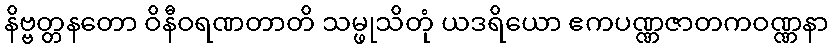
နိဗ္ဗတ္တနတော ဝိနီဝရဏတာတိ သမ္ဖုသိတုံ ယဒရိယော ဧကပဏ္ဏဇာတကဝဏ္ဏနာ